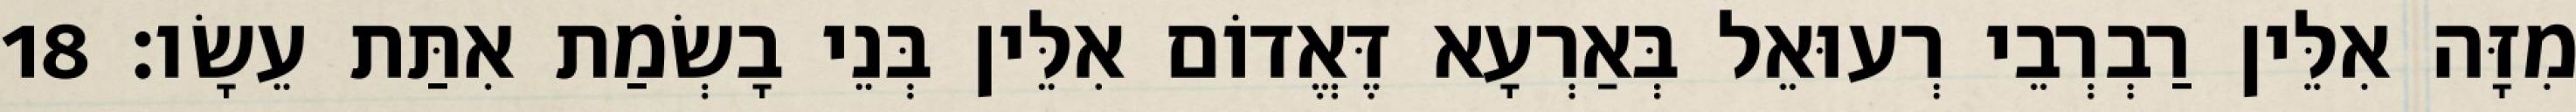
מִזָּה אִלֵּין רַבְרְבֵי רְעוּאֵל בְּאַרְעָא דֶּאֱדוֹם אִלֵּין בְּנֵי בָשְׂמַת אִתַּת עֵשָׂו׃ 18